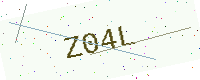
Text: Z04L